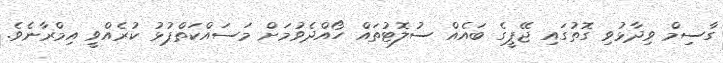
ގާސިމް ވިދާޅުވި ގޮތުގައި ޖޭޕީގެ ބައެއް ސުލޮޓުތައް ހޯއްދެވުމަށް މަސައްކަތްޕުޅު ކުރެއްވީ އިމްރާނެވެ.